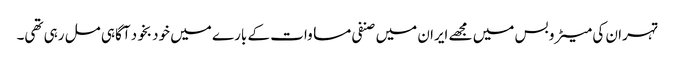
تہران کی میٹرو بس میں مجھے ایران میں صنفی مساوات کے بارے میں خود بخود آگاہی مل رہی تھی۔